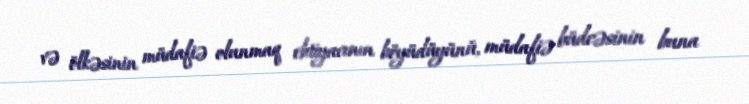
və ölkəsinin müdafiə olunmaq ehtiyacının böyüdüyünü, müdafiə büdcəsinin buna